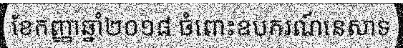
ខែកញ្ញាឆ្នាំ២០១៨ ចំពោះឧបករណ៍នេសាទ